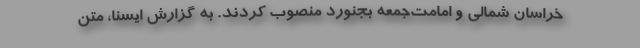
خراسان شمالی و امامت‌جمعه بجنورد منصوب کردند. به گزارش ایسنا، متن